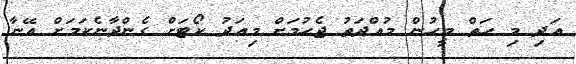
އަދި މި ހަތް މީހުން މުއްދަތު ޖެހުމަށް މިއަދު ކޯޓަށް ގެންދާނެކަމަށް އޭނާ